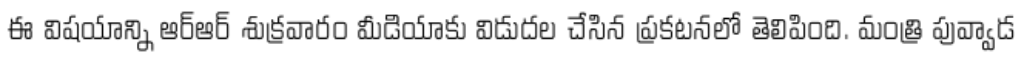
ఈ విషయాన్ని ఆర్ఆర్ శుక్రవారం మీడియాకు విడుదల చేసిన ప్రకటనలో తెలిపింది. మంత్రి పువ్వాడ